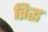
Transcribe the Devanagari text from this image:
व्रिद्ध